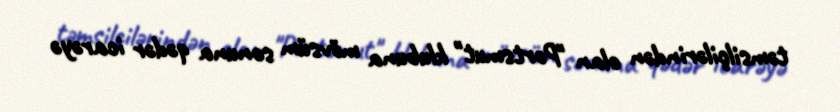
təmsilçilərindən olan "Portsmut" klubuna mövsüm sonuna qədər icarəyə